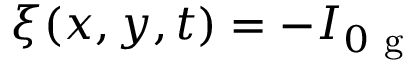
\xi ( x , y , t ) = - I _ { 0 \mathrm { ~ g ~ } }